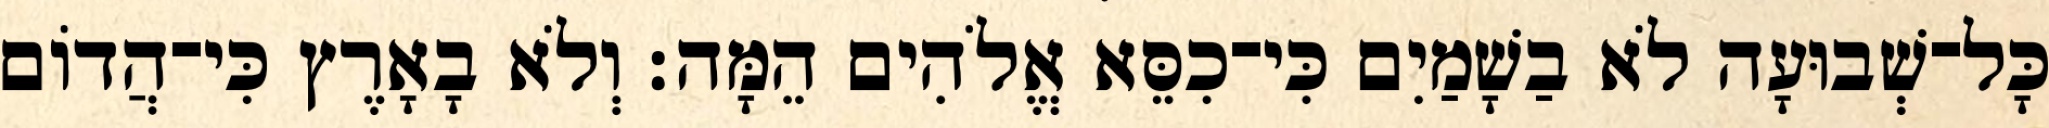
כָּל־שְׁבוּעָה לֹא בַשָׁמַיִם כִּי־כִסֵּא אֱלֹהִים הֵמָּה׃ וְלֹא בָאָרֶץ כִּי־הֲדוֹם